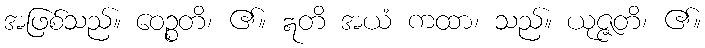
အဖြစ်သည်။ ဝေဉ္စတိ၊ ၏။ ဣတိ အယံ ကထာ၊ သည်။ ယုဇ္ဇတိ၊ ၏။